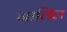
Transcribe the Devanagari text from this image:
नालिल